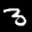
Label: 3